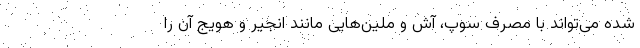
شده می‌تواند با مصرف سوپ، آش و ملین‌هایی مانند انجیر و هویج آن را